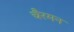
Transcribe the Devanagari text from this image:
चैरमन